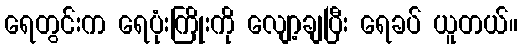
ရေတွင်းက ရေပုံးကြိုးကို လျော့ချပြီး ရေခပ် ယူတယ်။